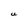
Character: U